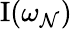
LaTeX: \operatorname{I}(\omega_{\mathcal{N}})